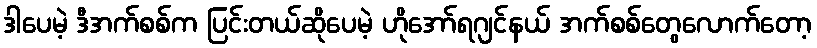
ဒါပေမဲ့ ဒီအက်စစ်က ပြင်းတယ်ဆိုပေမဲ့ ဟိုအော်ရဂျင်နယ် အက်စစ်တွေလောက်တော့